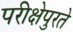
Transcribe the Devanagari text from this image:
परीक्षेपुरते